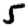
Digit: 5